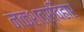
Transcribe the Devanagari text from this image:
नक्शत्र्विहार्